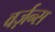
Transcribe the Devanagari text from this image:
वर्ज़न्स